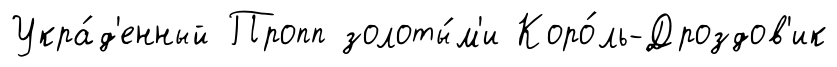
Укра́д'енный Пропп золоты́м'и Коро́ль-Дроздов'ик